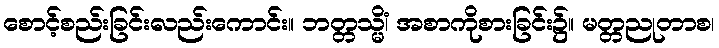
စောင့်စည်းခြင်းလည်းကောင်း။ ဘတ္တသ္မိံ၊ အစာကိုစားခြင်း၌။ မတ္တညုတာစ၊